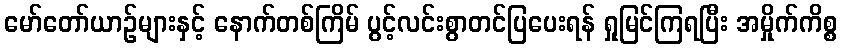
မော်တော်ယာဉ်များနှင့် နောက်တစ်ကြိမ် ပွင့်လင်းစွာတင်ပြပေးရန် ရှုမြင်ကြရပြီး အမှိုက်ကိစ္စ